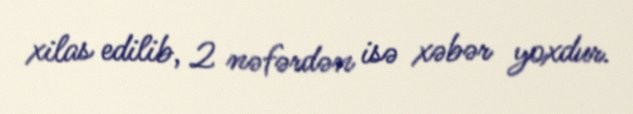
xilas edilib, 2 nəfərdən isə xəbər yoxdur.